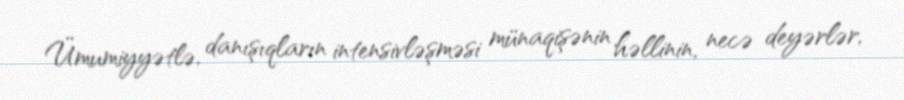
Ümumiyyətlə, danışıqların intensivləşməsi münaqişənin həllinin, necə deyərlər,